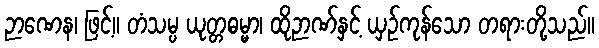
ဉာဏေန၊ ဖြင့်။ တံသမ္ပ ယုတ္တဓမ္မာ၊ ထိုဉာဏ်နှင့် ယှဉ်ကုန်သော တရားတို့သည်။